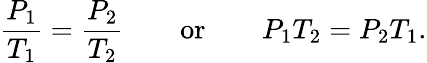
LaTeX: {\frac{P_{1}}{T_{1}}}={\frac{P_{2}}{T_{2}}}\qquad{\mathrm{or}}\qquad P_{1}T_{2}=P_{2}T_{1}.